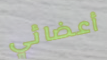
أعضائي